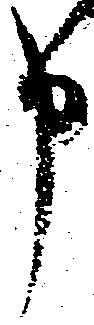
申